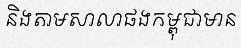
និងតាមសាលាផងកម្ពុជាមាន